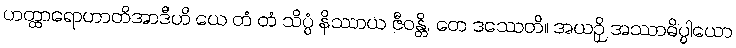
ဟတ္ထာရောဟာတိအာဒီဟိ ယေ တံ တံ သိပ္ပံ နိဿာယ ဇီဝန္တိ, တေ ဒဿေတိ။ အယဉှိ အဿာဓိပ္ပါယော